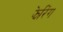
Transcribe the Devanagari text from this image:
झेरिंग